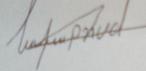
Signature authenticity: forged